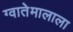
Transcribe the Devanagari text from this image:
ग्वातेमालाला